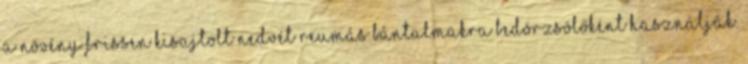
A növény frissen kisajtolt nedvét reumás bántalmakra bedörzsölőként használják.